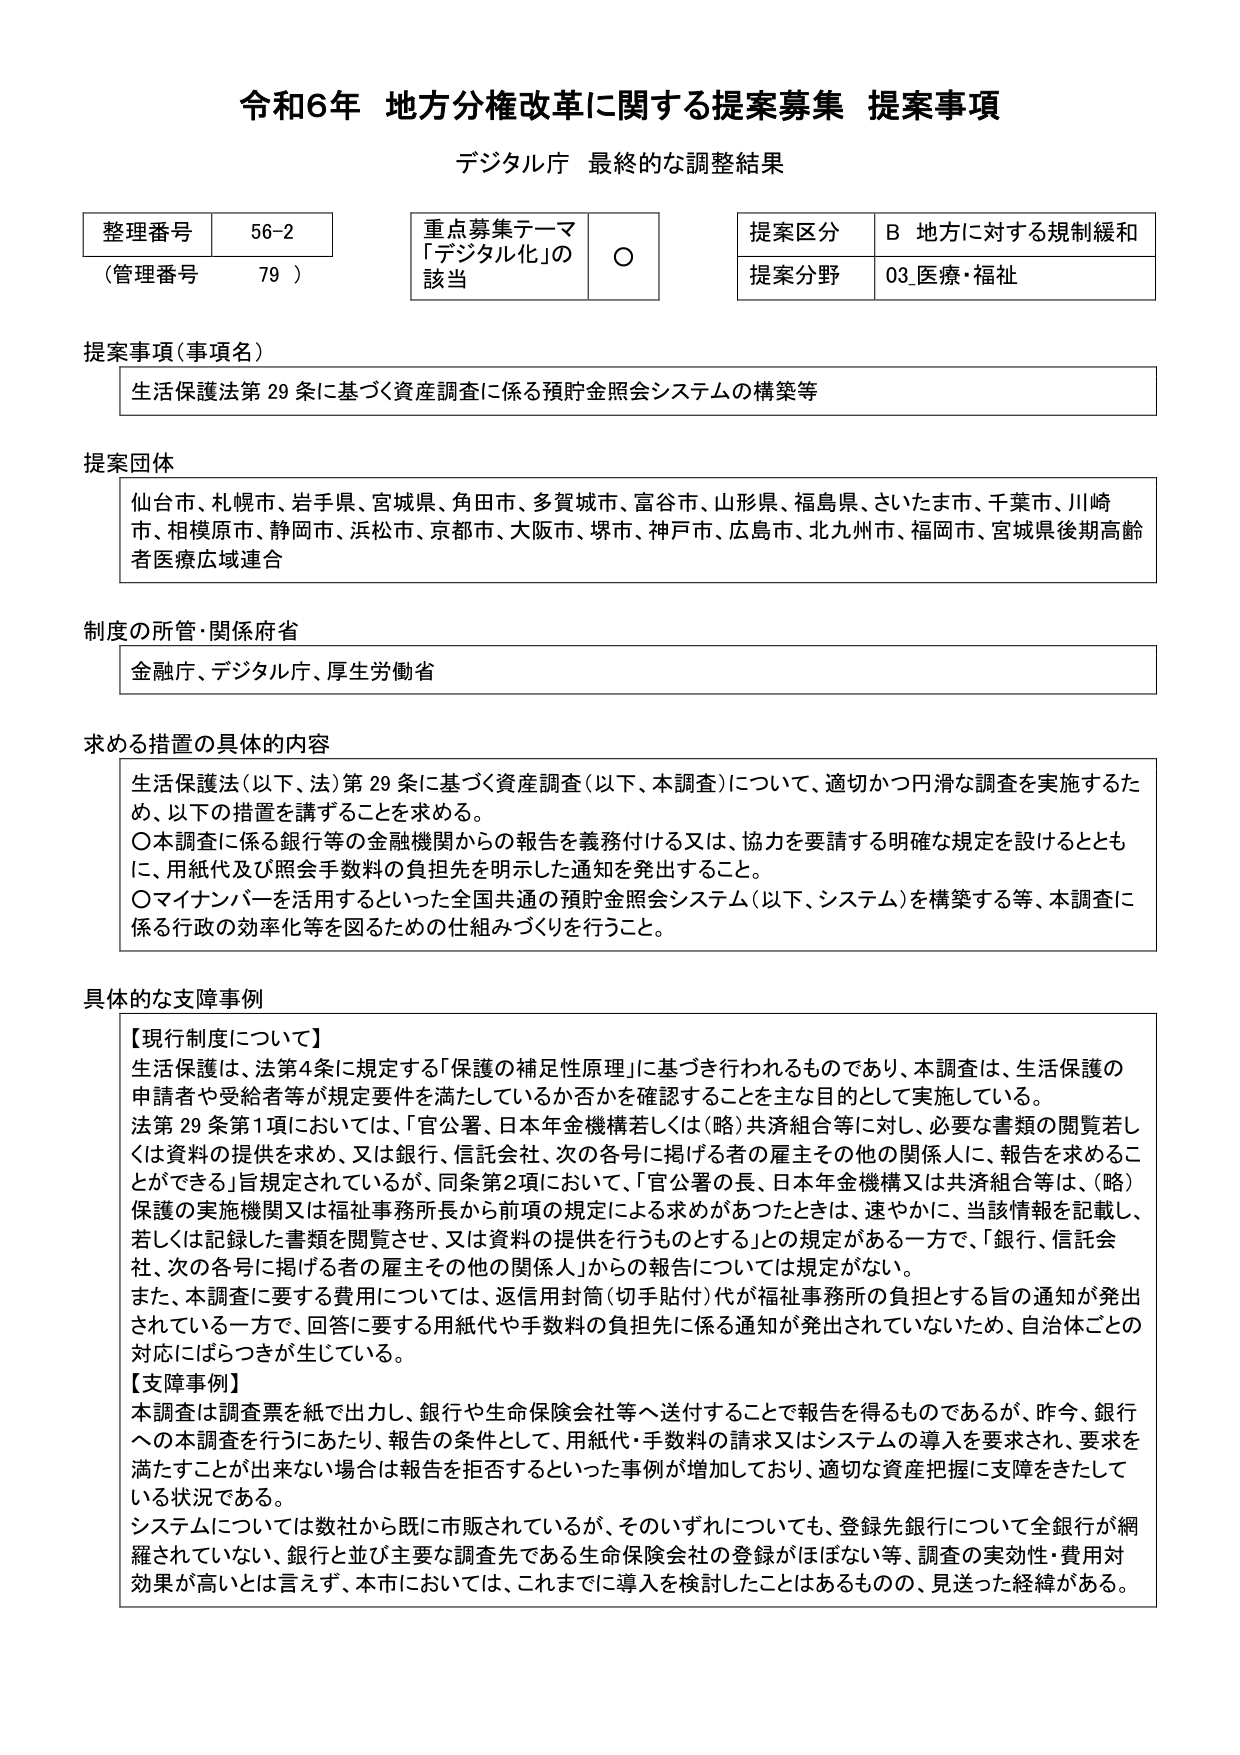
令和6年 地方分権改革に関する提案募集 提案事項
デジタル庁 最終的な調整結果

整理番号 56-2
（管理番号 79）

重点募集テーマ
「デジタル化」の該当 ○

提案区分 B 地方に対する規制緩和
提案分野 03 医療・福祉

提案事項（事項名）
生活保護法第29条に基づく資産調査に係る預貯金照会システムの構築等

提案団体
仙台市、札幌市、岩手県、宮城県、角田市、多賀城市、富谷市、山形県、福島県、さいたま市、千葉市、川崎市、相模原市、静岡市、浜松市、京都市、大阪市、堺市、神戸市、広島市、北九州市、福岡市、宮城県後期高齢者医療広域連合

制度の所管・関係府省
金融庁、デジタル庁、厚生労働省

求める措置の具体的内容
生活保護法（以下、法）第29条に基づく資産調査（以下、本調査）について、適切かつ円滑な調査を実施するため、以下の措置を講ずることを求める。
〇本調査に係る銀行等の金融機関からの報告を義務付ける又は、協力を要請する明確な規定を設けるとともに、用紙代及び照会手数料の負担先を明示した通知を発出すること。
〇マイナンバーを活用するといった全国共通の預貯金照会システム（以下、システム）を構築する等、本調査に係る行政の効率化等を図るための仕組みづくりを行うこと。

具体的な支障事例
【現行制度について】
生活保護は、法第4条に規定する「保護の補足性原理」に基づき行われるものであり、本調査は、生活保護の申請者や受給者等が規定要件を満たしているか否かを確認することを主な目的として実施している。
法第29条第1項においては、「官公署、日本年金機構若しくは（略）共済組合等に対し、必要な書類の閲覧若しくは資料の提供を求め、又は銀行、信託会社、次の各号に掲げる者の雇主その他の関係人に、報告を求めることができる」旨規定されているが、同条第2項において、「官公署の長、日本年金機構又は共済組合等は、（略）保護の実施機関又は福祉事務所長から前項の規定による求めがあったときは、速やかに、当該情報を記載し、若しくは記録した書類を閲覧させ、又は資料の提供を行うものとする」との規定がある一方で、「銀行、信託会社、次の各号に掲げる者の雇主その他の関係人」からの報告については規定がない。
また、本調査に要する費用については、返信用封筒（切手貼付）代が福祉事務所の負担とする旨の通知が発出されている一方で、回答に要する用紙代や手数料の負担先に係る通知が発出されていないため、自治体ごとの対応にばらつきが生じている。

【支障事例】
本調査は調査票を紙で出力し、銀行や生命保険会社等へ送付することで報告を得るものであるが、昨今、銀行への本調査を行うにあたり、報告の条件として、用紙代・手数料の請求又はシステムの導入を要求され、要求を満たすことが出来ない場合は報告を拒否するといった事例が増加しており、適切な資産把握に支障をきたしている状況である。
システムについては数社から既に市販されているが、そのいずれについても、登録先銀行について全銀行が網羅されていない、銀行と並び主要な調査先である生命保険会社の登録がほぼない等、調査の実効性・費用対効果が高いとは言えず、本市においては、これまでに導入を検討したことはあるものの、見送った経緯がある。